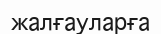
жалғауларға